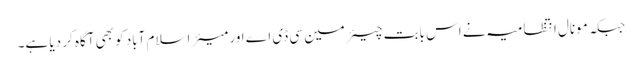
جبکہ مونال انتظامیہ نے اس بابت چیئرمین سی ڈی اے اور میئر اسلام آباد کو بھی آگاہ کر دیا ہے۔